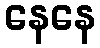
နေနေ